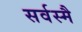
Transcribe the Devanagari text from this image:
सर्वस्मै